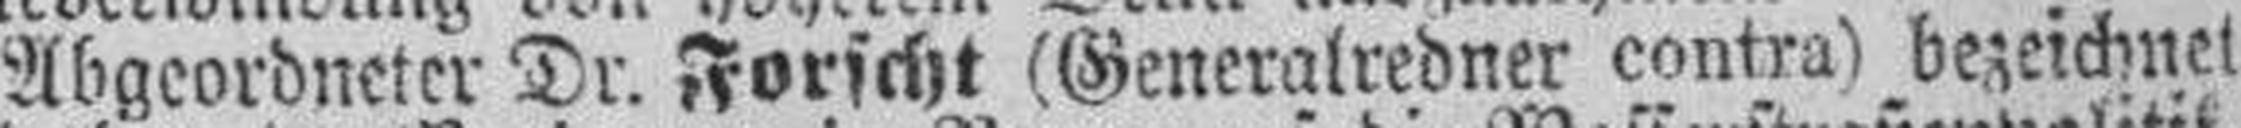
Abgeordneter Dr. Forscht (Generalredner contra) bezeichnet